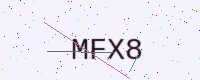
Text: MFX8